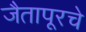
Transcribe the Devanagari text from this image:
जैतापूरचे